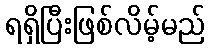
ရရှိပြီးဖြစ်လိမ့်မည်